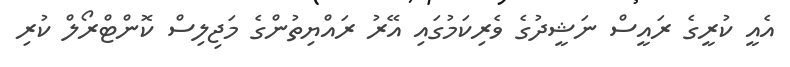
އެއީ ކުރީގެ ރައީސް ނަޝީދުގެ ވެރިކަމުގައި އޭރު ރައްޔިތުންގެ މަޖިލިސް ކޮންޓްރޯލް ކުރި